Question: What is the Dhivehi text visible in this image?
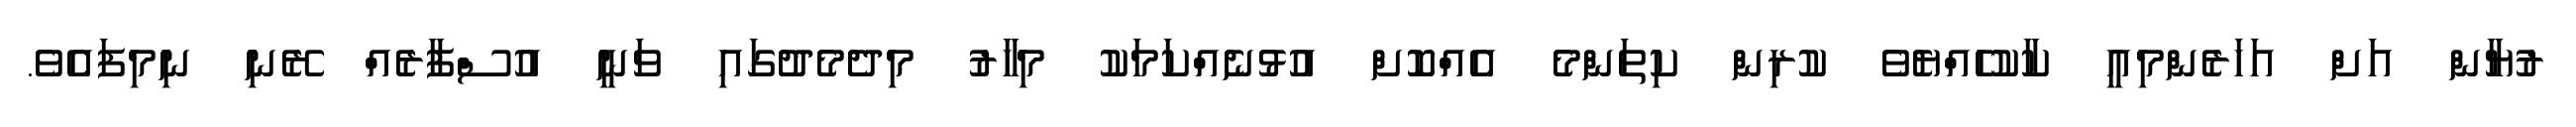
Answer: ރުޔާން އަށް އަހަރެންމިއީ ކާކުހެއްޔެވެ ކުރިން ކިތަންމެ އެއްކޮށް އުޅުނެއްކަމަކު މިހާރު މިދެމެދުގައި ވަނީ އުސްފާރެއް ރޭނި ނިމިފައެވެ.